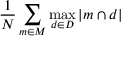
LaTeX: { \frac { 1 } { N } } \sum _ { m \in M } \operatorname* { m a x } _ { d \in D } { | m \cap d | }